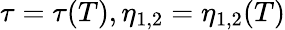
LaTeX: \tau=\tau(T),\eta_{1,2}=\eta_{1,2}(T)